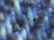
الغاضبين